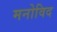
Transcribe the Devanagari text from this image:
मनोविद